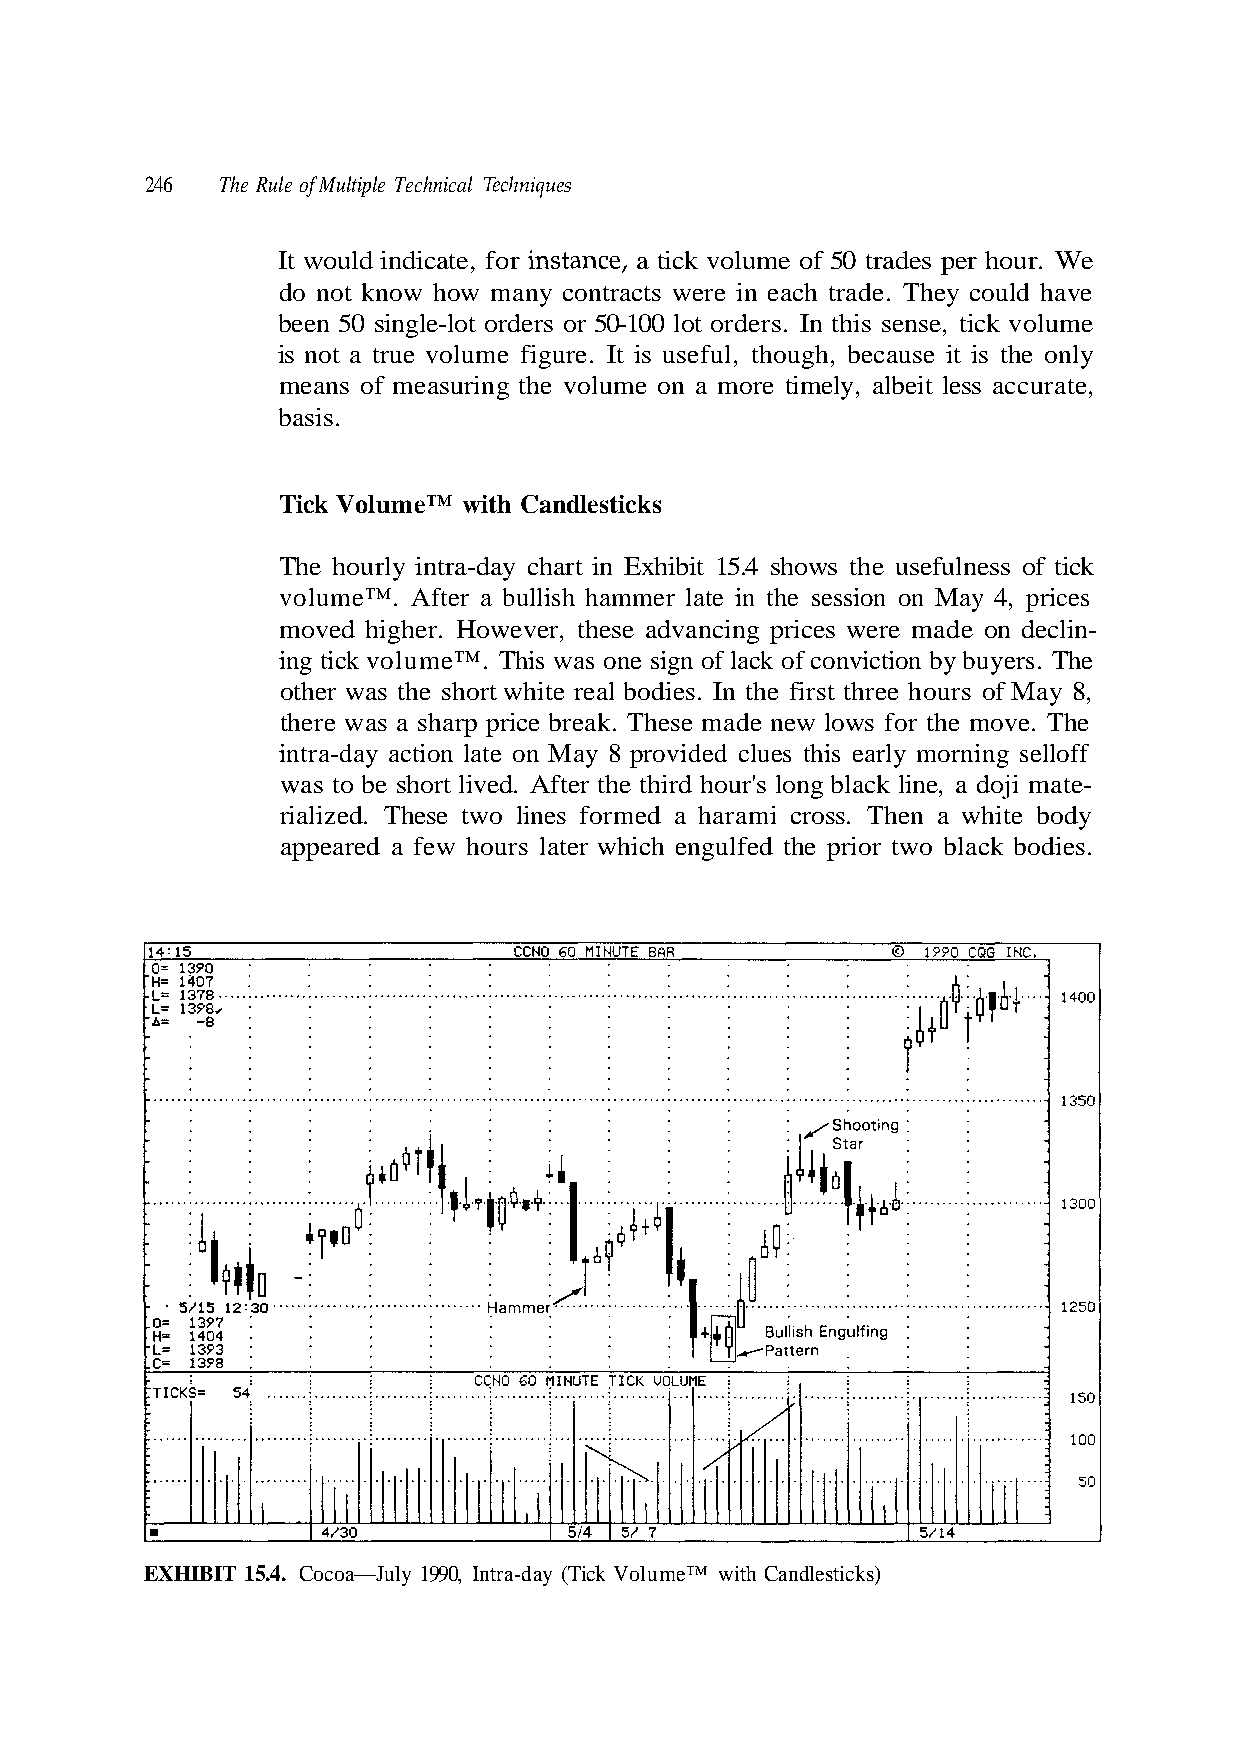
246  The Rule of Multiple Technical Techniques
 It would indicate, for instance, a tick volume of 50 trades per hour. We
 do not know how many contracts were in each trade. They could have
 been 50 single-lot orders or 50-100 lot orders. In this sense, tick volume
 is not a true volume figure. It is useful, though, because it is the only
 basis.
 Tick Volume™ with Candlesticks
 The hourly intra-day chart in Exhibit 15.4 shows the usefulness of tick
 moved higher. However, these advancing prices were made on declin-
 was to be short lived. After the third hour's long black line, a doji mate-
 appeared a few hours later which engulfed the prior two black bodies.
 EXHIBIT 15.4. Cocoa—July 1990, Intra-day (Tick Volume™ with Candlesticks)
 e h T . s r e y u b y b n o i t c i v n o c f
 e
 o
 h T
 k c
 ve.
 dy
 la
 mo
 ff
 bo
 o
 rices
 n of
 May 8,
 r the
 ng sell
 white
 y 4, p
 sig
 s of
 ws fo
 morni
 en a
 means of measuring the volume on a more timely, albeit less accurate,
 volume™. After a bullish hammer late in the session on Ma
 ing tick volume™. This was one
 other was the short white real bodies. In the first three hour
 there was a sharp price break. These made new lo
 intra-day action late on May 8 provided clues this early
 rialized. These two lines formed a harami cross. Th